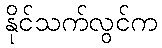
နိုင်သက်လွင်က